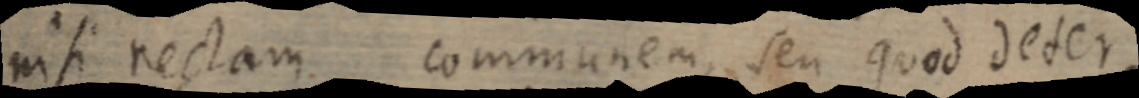
nisi rectam communem, seu quod deter